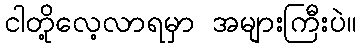
ငါတို့လေ့လာရမှာ အများကြီးပဲ။